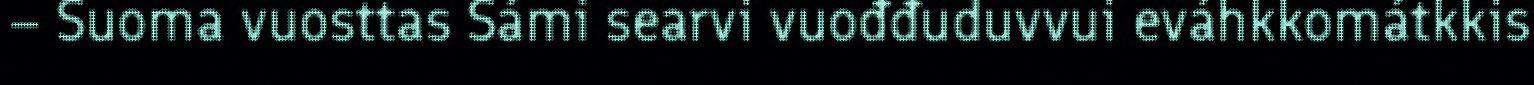
– Suoma vuosttas Sámi searvi vuođđuduvvui eváhkkomátkkis